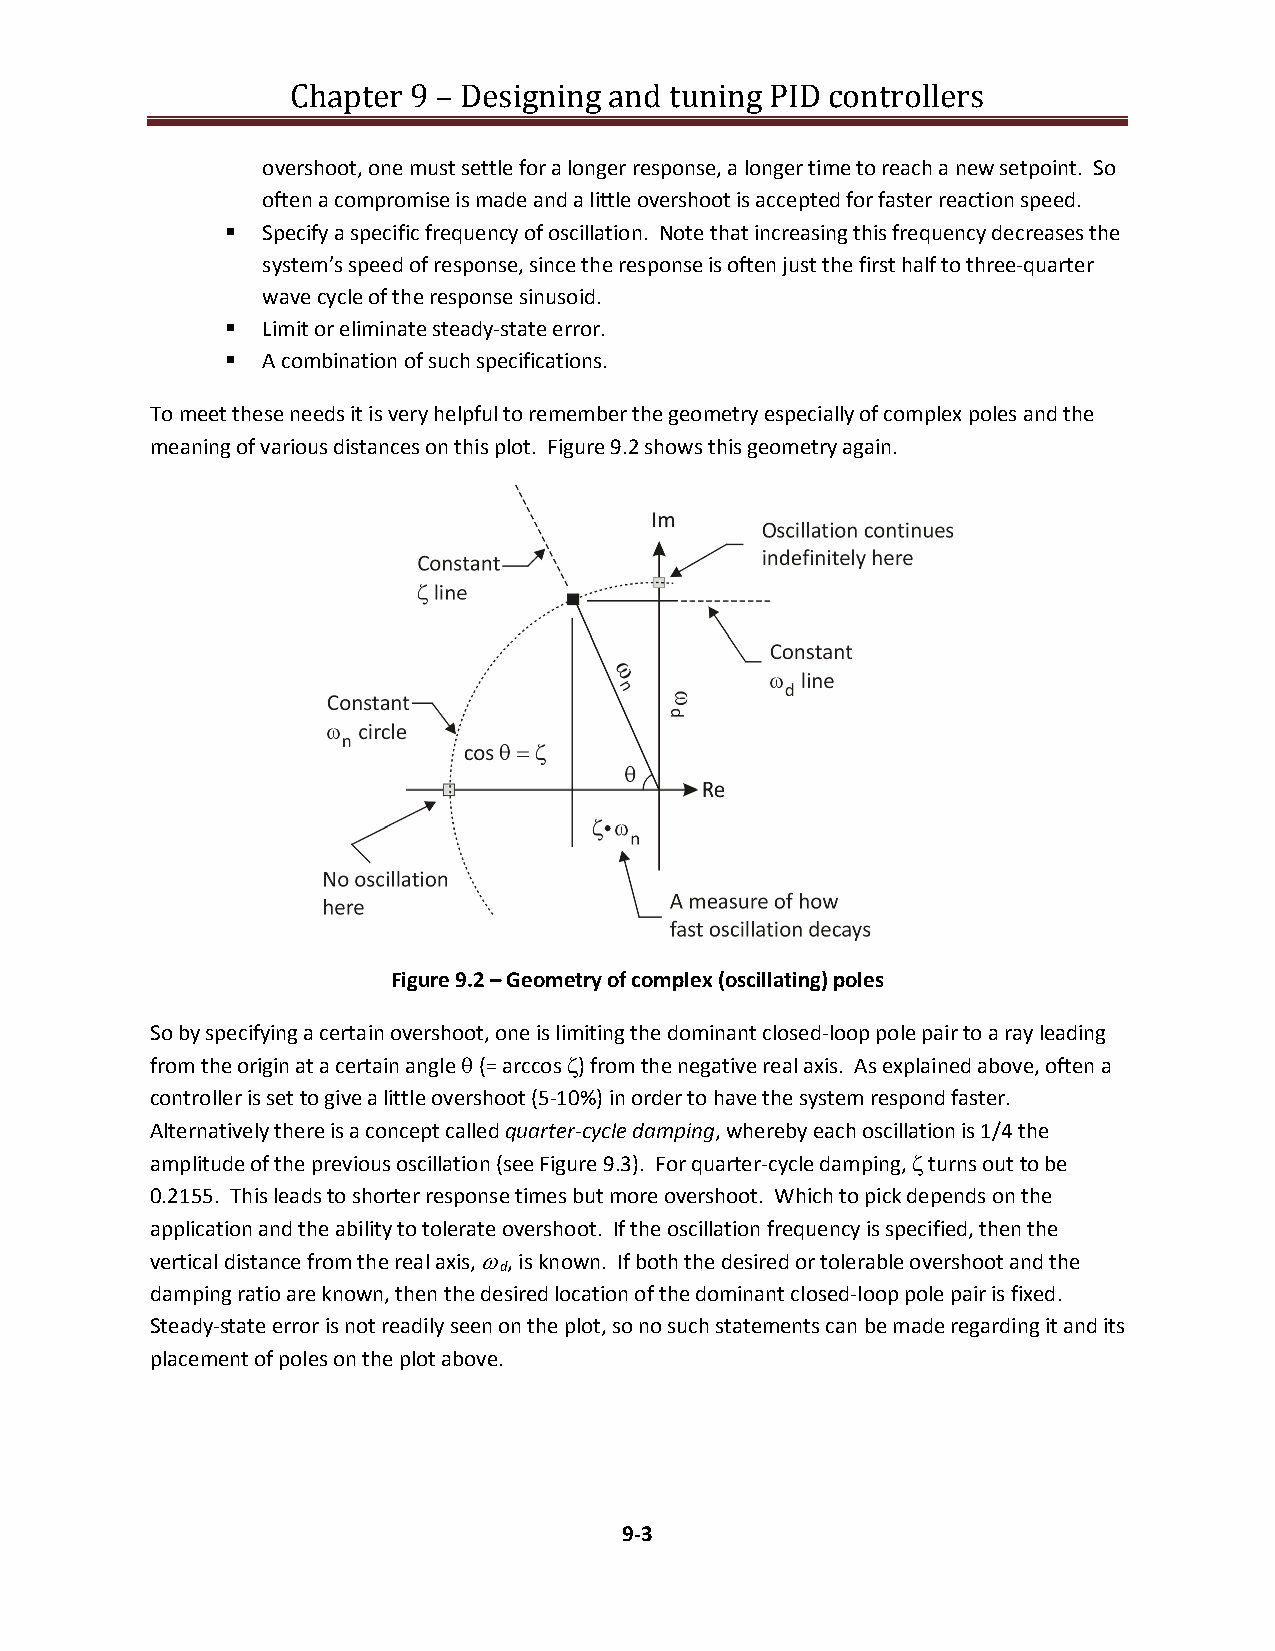
Chapter 9 – Designing and tuning PID controllers
 overshoot, one must settle for a longer response, a longer time to reach a new setpoint. So
 often a compromise is made and a little overshoot is accepted for faster reaction speed.
  Specify a specific frequency of oscillation. Note that increasing this frequency decreases the
 system’s speed of response, since the response is often just the first half to three-quarter
 wave cycle of the response sinusoid.
  Limit or eliminate steady-state error.
  A combination of such specifications.
 To meet these needs it is very helpful to remember the geometry especially of complex poles and the
 meaning of various distances on this plot. Figure 9.2 shows this geometry again.
 Figure 9.2 – Geometry of complex (oscillating) poles
 So by specifying a certain overshoot, one is limiting the dominant closed-loop pole pair to a ray leading
 from the origin at a certain angle  (= arccos ) from the negative real axis. As explained above, often a
 controller is set to give a little overshoot (5-10%) in order to have the system respond faster.
 Alternatively there is a concept called quarter-cycle damping, whereby each oscillation is 1/4 the
 amplitude of the previous oscillation (see Figure 9.3). For quarter-cycle damping,  turns out to be
 0.2155. This leads to shorter response times but more overshoot. Which to pick depends on the
 application and the ability to tolerate overshoot. If the oscillation frequency is specified, then the
 vertical distance from the real axis, , is known. If both the desired or tolerable overshoot and the
 d
 damping ratio are known, then the desired location of the dominant closed-loop pole pair is fixed.
 Steady-state error is not readily seen on the plot, so no such statements can be made regarding it and its
 placement of poles on the plot above.
 9-3